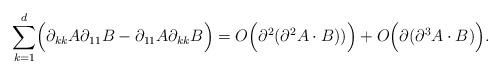
LaTeX: \begin{align*}\sum_{k=1}^d \Bigl( \partial_{kk} A \partial_{11} B- \partial_{11} A \partial_{kk} B \Bigr) = O \Bigl( \partial^2( \partial^2 A\cdot B) ) \Bigr)+ O \Bigl( \partial ( \partial^3 A \cdot B ) \Bigr).\end{align*}